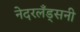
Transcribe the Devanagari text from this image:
नेदरलँड्सनी